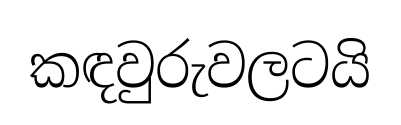
කඳවුරුවලටයි